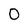
Character: O